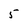
Character: 5